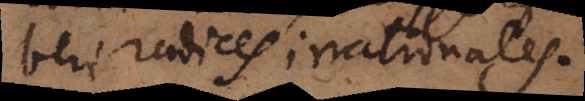
beri radices irrationales.